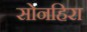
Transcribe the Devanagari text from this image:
सोनहिरा